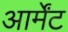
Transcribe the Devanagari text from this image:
आर्मेंट